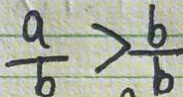
\frac { a } { b } > \frac { b } { b }